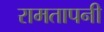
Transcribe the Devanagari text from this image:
रामतापनी